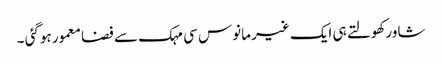
شاور کھولتے ہی ایک غیر مانوس سی مہک سے فضا معمور ہوگئی ۔